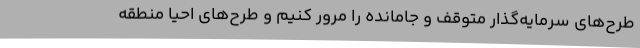
طرح‌های سرمایه‌گذار متوقف و جامانده را مرور کنیم و طرح‌های احیا منطقه